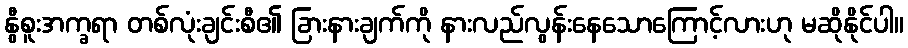
နွီစူးအက္ခရာ တစ်လုံးချင်းစီ၏ ခြားနားချက်ကို နားလည်လွန်းနေသောကြောင့်လားဟု မဆိုနိုင်ပါ။